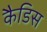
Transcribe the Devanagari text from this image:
कैडिस